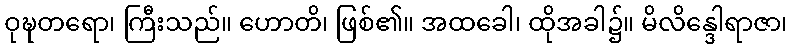
ဝုဍ္ဎတရော၊ ကြီးသည်။ ဟောတိ၊ ဖြစ်၏။ အထခေါ၊ ထိုအခါ၌။ မိလိန္ဒေါရာဇာ၊